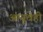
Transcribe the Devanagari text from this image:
आयुधेही